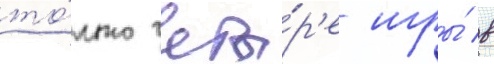
то́лько четы́р'е игры́ в